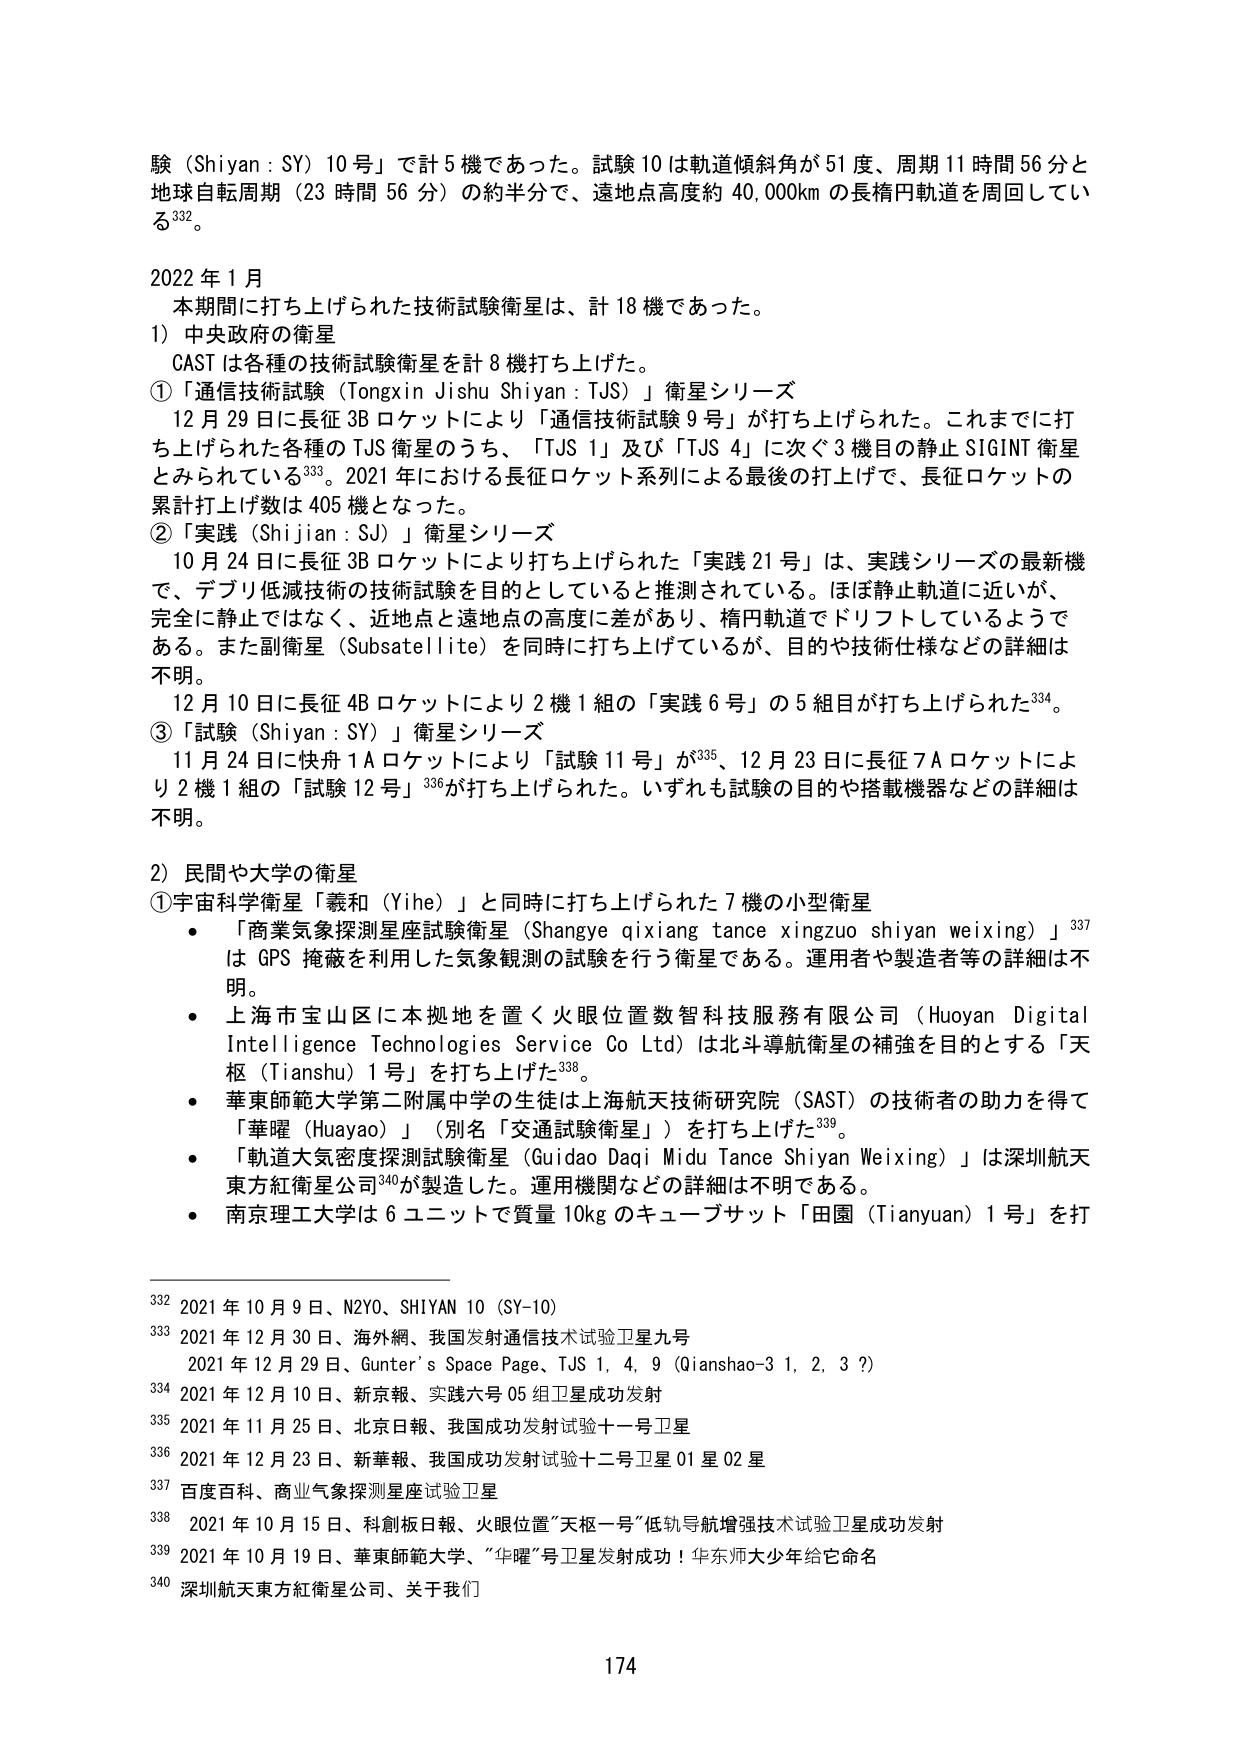
験（Shiyan : SY）10号」で計5機であった。試験10は軌道傾斜角が51度、周期11時間56分と地球自転周期（23時間56分）の約半分で、遠地点高度約40,000kmの長楕円軌道を周回している332。

2022年1月
　本期間に打ち上げられた技術試験衛星は、計18機であった。
1）中央政府の衛星
　CASTは各種の技術試験衛星を計8機打ち上げた。
①「通信技術試験（Tongxin Jishu Shiyan : TJS）」衛星シリーズ
　12月29日に長征3Bロケットにより「通信技術試験9号」が打ち上げられた。これまでに打ち上げられた各種のTJS衛星のうち、「TJS 1」及び「TJS 4」に次ぐ3機目の静止SIGINT衛星とみられている333。2021年における長征ロケット系列による最後の打上げで、長征ロケットの累計打上げ数は405機となった。
②「実践（Shijian : SJ）」衛星シリーズ
　10月24日に長征3Bロケットにより打ち上げられた「実践21号」は、実践シリーズの最新機で、デブリ低減技術の技術試験を目的としていると推測されている。ほぼ静止軌道に近いが、完全に静止ではなく、近地点と遠地点の高度に差があり、楕円軌道でドリフトしているようである。また副衛星（Subsatellite）を同時に打ち上げているが、目的や技術仕様などの詳細は不明。
　12月10日に長征4Bロケットにより2機1組の「実践6号」の5組目が打ち上げられた334。
③「試験（Shiyan : SY）」衛星シリーズ
　11月24日に快舟1Aロケットにより「試験11号」が335、12月23日に長征7Aロケットにより2機1組の「試験12号」336が打ち上げられた。いずれも試験の目的や搭載機器などの詳細は不明。

2）民間や大学の衛星
①宇宙科学衛星「羲和（Yihe）」と同時に打ち上げられた7機の小型衛星
　・「商業気象探測星座試験衛星（Shangye qixiang tance xingzuo shiyan weixing）」337はGPS掩蔽を利用した気象観測の試験を行う衛星である。運用者や製造者等の詳細は不明。
　・上海市宝山区に本拠地を置く火眼位置数智科技服務有限公司（Huoyan Digital Intelligence Technologies Service Co Ltd）は北斗導航衛星の補強を目的とする「天枢（Tianshu）1号」を打ち上げた338。
　・華東師範大学第二附属中学の生徒は上海航天技術研究院（SAST）の技術者の助力を得て「華曜（Huayao）」（別名「交通試験衛星」）を打ち上げた339。
　・「軌道大気密度探測試験衛星（Guidao Daqi Midu Tance Shiyan Weixing）」は深圳航天東方紅衛星公司340が製造した。運用機関などの詳細は不明である。
　・南京理工大学は6ユニットで質量10kgのキューブサット「田園（Tianyuan）1号」を打

332 2021年10月9日、N2YO、SHIYAN 10 (SY-10)
333 2021年12月30日、海外網、我国发射通信技术试验卫星九号
　　2021年12月29日、Gunter's Space Page、TJS 1, 4, 9 (Qianshao-3 1, 2, 3?)
334 2021年12月10日、新京報、实践六号05组卫星成功发射
335 2021年11月25日、北京日報、我国成功发射试验十一号卫星
336 2021年12月23日、新華報、我国成功发射试验十二号卫星01星02星
337 百度百科、商业气象探测星座试验卫星
338 2021年10月15日、科创板日報、火眼位置“天枢一号”低轨导航增强技术试验卫星成功发射
339 2021年10月19日、華東師範大学、“华曜”号卫星发射成功！华东师大少年给它命名
340 深圳航天東方紅衛星公司、关于我们

174